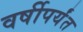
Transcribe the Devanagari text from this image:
वर्षीपर्यंत